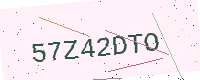
Text: 57Z42DTO